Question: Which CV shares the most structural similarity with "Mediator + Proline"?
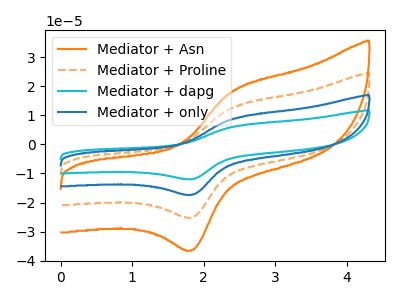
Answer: <think>The orange curve "Mediator + Asn" has an anodic peak at (2.40V, 18.55uA) and a cathodic peak at (1.85V, -36.30uA). The orange dashed curve "Mediator + Proline" has an anodic peak at (2.40V, 12.80uA) and a cathodic peak at (1.85V, -25.05uA). The cyan curve "Mediator + dapg" has an anodic peak at (2.40V, 38.45uA) and a cathodic peak at (1.85V, -75.15uA). The blue curve "Mediator + only" has an anodic peak at (2.40V, 25.60uA) and a cathodic peak at (1.85V, -50.10uA).
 All the peaks in "Mediator + Asn" have a peak in "Mediator + Proline" at the same potential. Every peak in "Mediator + Asn" is higher than every peak in "Mediator + Proline". All the peaks in "Mediator + Asn" have a peak in "Mediator + dapg" at the same potential. Every peak in "Mediator + Asn" is lower than every peak in "Mediator + dapg". All the peaks in "Mediator + Asn" have a peak in "Mediator + only" at the same potential. Every peak in "Mediator + Asn" is lower than every peak in "Mediator + only". All the peaks in "Mediator + Proline" have a peak in "Mediator + dapg" at the same potential. Every peak in "Mediator + Proline" is lower than every peak in "Mediator + dapg". All the peaks in "Mediator + Proline" have a peak in "Mediator + only" at the same potential. Every peak in "Mediator + Proline" is lower than every peak in "Mediator + only". All the peaks in "Mediator + dapg" have a peak in "Mediator + only" at the same potential. Every peak in "Mediator + dapg" is higher than every peak in "Mediator + only".</think>
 <answer>"Mediator + Proline", "Mediator + dapg" and "Mediator + only" have a similar shape to "Mediator + Asn".</answer>
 <eval>"Mediator + Proline" "Mediator + dapg" "Mediator + only"</eval>